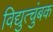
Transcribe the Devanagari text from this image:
विद्युत्चुंबक